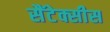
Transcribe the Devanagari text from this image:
सैंटेक्सीस